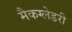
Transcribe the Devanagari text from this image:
मैकग्लेडरी